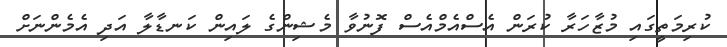
ކުރިމަތީގައި މުޒާހަރާ ކުރަން އެސްއެމްއެސް ފޮނުވާ މެޝިންގެ ލައިން ކަނޑާލާ އަދި އެމެންނަށް